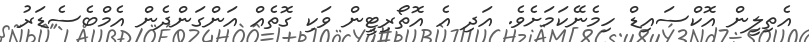
އެތިލީން އޮކްސައިޑް ހިމެނޭކަމަށެވެ. އަދި އެ އޮތޯރިޓީން ވަކި ގޮތެއް އަންގަންދެން އެމްބެސެޑަރު